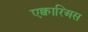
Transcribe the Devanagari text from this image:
एक्वारिअस